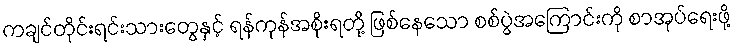
ကချင်တိုင်းရင်းသားတွေနှင့် ရန်ကုန်အစိုးရတို့ ဖြစ်နေသော စစ်ပွဲအကြောင်းကို စာအုပ်ရေးဖို့